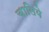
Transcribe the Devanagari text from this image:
चालिये